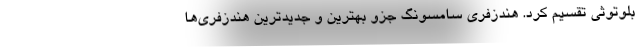
بلوتوثی تقسیم کرد. هندزفری سامسونگ جزو بهترین و جدیدترین هندزفری‌ها